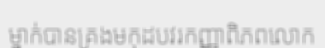
ម្នាក់បានគ្រងមកុដបវរកញ្ញាពិភពលោក